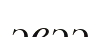
эвээ